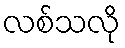
လစ်သလို